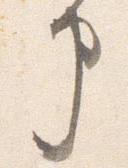
申